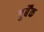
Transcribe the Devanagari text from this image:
बुर्बैंक